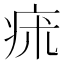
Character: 㾁